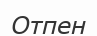
Отпен